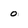
Character: 0